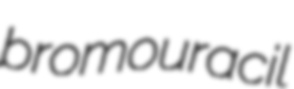
bromouracil